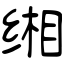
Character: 缃